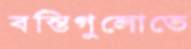
বস্তিগুলোতে